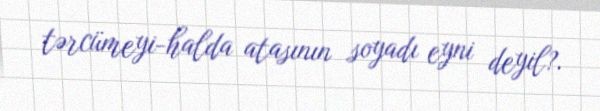
tərcümeyi-halda atasının soyadı eyni deyil?.